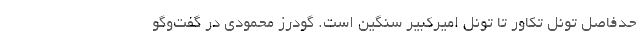
حدفاصل تونل تکاور تا تونل امیرکبیر سنگین است. گودرز محمودی در گفت‌وگو